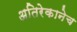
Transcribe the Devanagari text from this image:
अतिरेकानेच